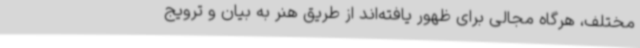
مختلف، هرگاه مجالی برای ظهور یافته‌اند از طریق هنر به بیان و ترویج